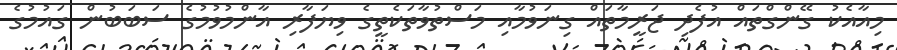
މިއާއެކު ގޭންގްތައް އުފެދި ޖަރީމާތައް ގިނަވުމާއި މަސްތުވާތަކެތީގެ ވިޔަފާރި އާންމުވުމުގެ ސަބަބުން ގައުމުގެ